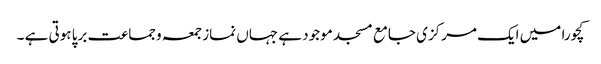
کچورا میں ایک مرکزی جامع مسجد موجود ہے جہاں نماز جمعہ وجماعت برپا ہوتی ہے ۔